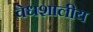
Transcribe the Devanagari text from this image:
वेधशालीय